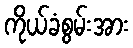
ကိုယ်ခံစွမ်းအား